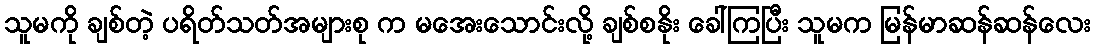
သူမကို ချစ်တဲ့ ပရိတ်သတ်အများစု က မအေးသောင်းလို့ ချစ်စနိုး ခေါ်ကြပြီး သူမက မြန်မာဆန်ဆန်လေး